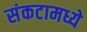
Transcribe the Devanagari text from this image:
संकटामध्ये